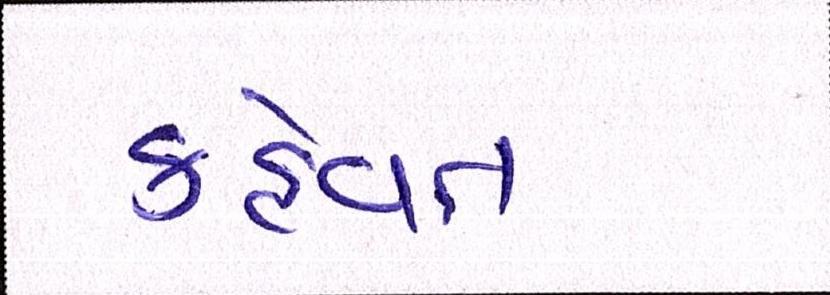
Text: કહેવત